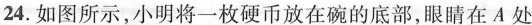
24.如图所示，小明将一枚硬币放在碗的底部，眼睛在A处